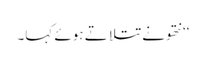
‘‘ نتھو نے تتلاتے ہوئے کہا۔